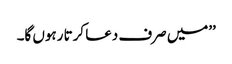
’’میں صرف دعا کرتا رہوں گا۔